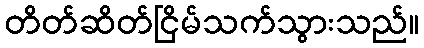
တိတ်ဆိတ်ငြိမ်သက်သွားသည်။